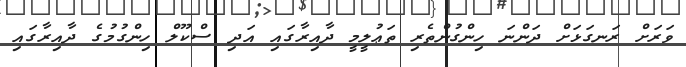
ވަރަށް ރަނގަޅަށް ދަންނަ ހިންގުންތެރި ތަޢުލީމީ ދާއިރާގައި އަދި ސްކޫލް ހިންގުމުގެ ދާއިރާގައި